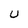
Character: U